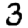
Digit: 3